Vaccination in Bombay 1869-1873 - 1869-1873
Year: 1869
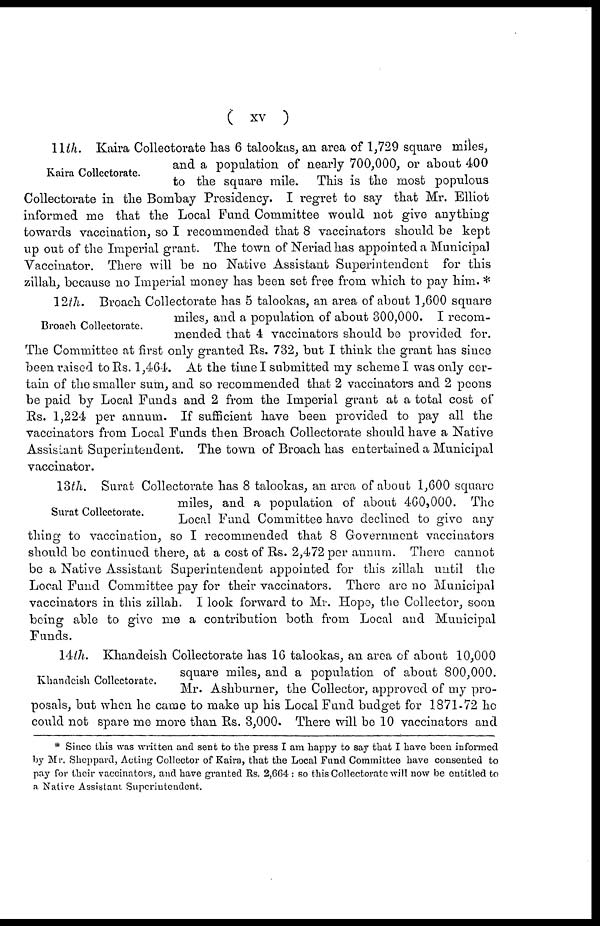
( xv )
Kaira Collectorate.
11th. Kaira Collectorate has 6 talookas, an area of 1,729 square miles,
and a population of nearly 700,000, or about 400
to the square mile. This is the most populous
Collectorate in the Bombay Presidency. I regret to say that Mr. Elliot
informed me that the Local Fund Committee would not give anything
towards vaccination, so I recommended that 8 vaccinators should be kept
up out of the Imperial grant. The town of Neriad has appointed a Municipal
Vaccinator. There will be no Native Assistant Superintendent for this
zillah, because no Imperial money has been set free from which to pay him. *
Broach Collectorate.
12th. Broach Collectorate has 5 talookas, an area of about 1,600 square
miles, and a population of about 300,000. I recom-
mended that 4 vaccinators should be provided for.
The Committee at first only granted Rs. 732, but I think the grant has since
been raised to Rs. 1,464. At the time I submitted my scheme I was only cer-
tain of the smaller sum, and so recommended that 2 vaccinators and 2 peons
be paid by Local Funds and 2 from the Imperial grant at a total cost of
Rs. 1,224 per annum. If sufficient have been provided to pay all the
vaccinators from Local Funds then Broach Collectorate should have a Native
Assistant Superintendent. The town of Broach has entertained a Municipal
vaccinator.
Surat Collectorate.
13th. Surat Collectorate has 8 talookas, an area of about 1,600 square
miles, and a population of about 460,000. The
Local Fund Committee have declined to give any
thing to vaccination, so I recommended that 8 Government vaccinators
should be continued there, at a cost of Rs. 2,472 per annum. There cannot
be a Native Assistant Superintendent appointed for this zillah until the
Local Fund Committee pay for their vaccinators. There are no Municipal
vaccinators in this zillah. I look forward to Mr. Hope, the Collector, soon
being able to give me a contribution both from Local and Municipal
Funds.
Khandeish Collectorate.
14th. Khandeish Collectorate has 16 talookas, an area of about 10,000
square miles, and a population of about 800,000.
Mr. Ashburner, the Collector, approved of my pro-
posals, but when he came to make up his Local Fund budget for 1871-72 he
could not spare me more than Rs. 3,000. There will be 10 vaccinators and
* Since this was written and sent to the press I am happy to say that I have been informed
by Mr. Sheppard, Acting Collector of Kaira, that the Local Fund Committee have consented to
pay for their vaccinators, and have granted Rs. 2,664 : so this Collectorate will now be entitled to
a Native Assistant Superintendent.